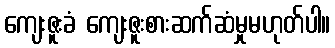
ကျေးဇူးခံ ကျေးဇူးစားဆက်ဆံမှုမဟုတ်ပါ။